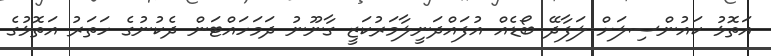
އަތޮޅު ކައުންސިލަށް ލަފާދޭ ބޯޑެއް އުފައްދަނީލާމަރުކަޒީ ގާނޫނު ދަމަހައްޓަން ދެކުނުގެ ހަތަރު އަތޮޅުގެ